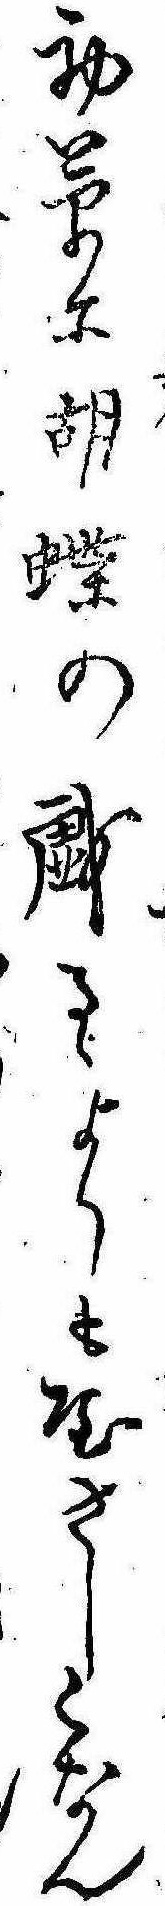
初草に胡蝶の戯るゝよりもやさしくなん